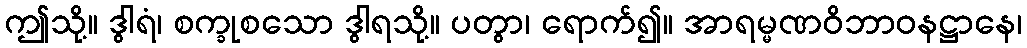
ဤသို့။ ဒွါရံ၊ စက္ခုစသော ဒွါရသို့။ ပတွာ၊ ရောက်၍။ အာရမ္မဏဝိဘာဝနဋ္ဌာနေ၊